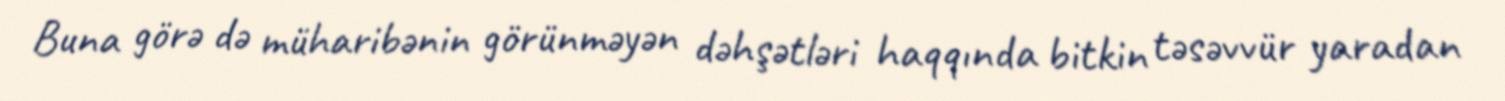
Buna görə də müharibənin görünməyən dəhşətləri haqqında bitkin təsəvvür yaradan